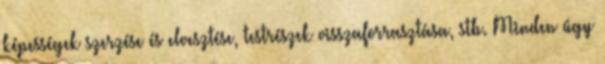
képességek szerzése és elvesztése, testrészek visszaforrasztása, stb. Minden úgy